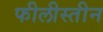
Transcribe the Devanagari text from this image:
फीलीस्तीन